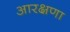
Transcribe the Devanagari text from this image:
आरक्षणा